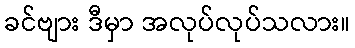
ခင်ဗျား ဒီမှာ အလုပ်လုပ်သလား။